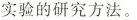
实验的研究方法。